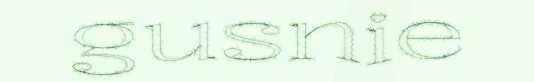
gusnie